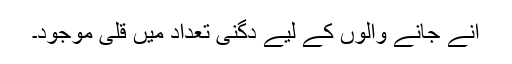
آنے جانے والوں کے لیے دگنی تعداد میں قلی موجود۔